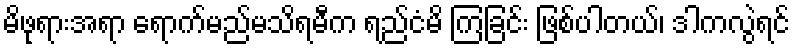
မိဖုရားအရာ ရောက်မည်မသိရမီက ရည်ငံမိ ကြခြင်း ဖြစ်ပါတယ်၊ ဒါကလွဲရင်